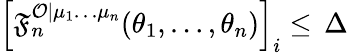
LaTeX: \left[\mathfrak{F}_{n}^{\mathcal{{O}}|\mu_{1}\ldots\mu_{n}}(\theta_{1},\ldots,\theta_{n})\right]_{i}\leq\, \Delta